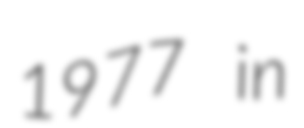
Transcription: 1977 in